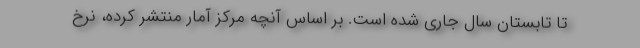
تا تابستان سال جاري شده است. بر اساس آنچه مركز آمار منتشر كرده، نرخ